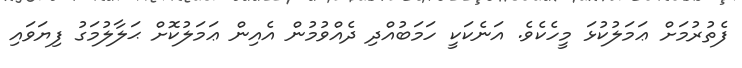
ފެތުރުމަށް ޢަމަލުކުޅަ މީހެކެވެ. އަނެކަކީ ހަމަބުއްދި ދެއްވުމުން އެއިން ޢަމަލުކޮށް ޙަލާލުމަގު ފިޔަވައި